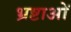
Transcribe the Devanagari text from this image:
भ्रष्टाओं